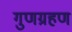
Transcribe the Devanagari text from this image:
गुणग्रहण